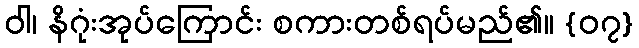
ဝါ၊ နိဂုံးအုပ်ကြောင်း စကားတစ်ရပ်မည်၏။ {၀၇}